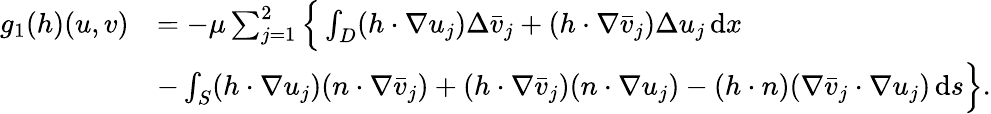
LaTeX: \begin{array}{rl}{g_{1}(h)(u,v)}&{=-\mu\sum_{j=1}^{2}\Big\{ \int_{D}(h\cdot\nabla u_{j})\Delta\bar{v}_{j}+(h\cdot\nabla\bar{v}_{j})\Delta{u}_{j}\, \mathrm{d}x}\\ &{-\int_{S}(h\cdot\nabla u_{j})(n\cdot\nabla\bar{v}_{j})+(h\cdot\nabla\bar{v}_{j})(n\cdot\nabla{u}_{j})-(h\cdot n)(\nabla\bar{v}_{j}\cdot\nabla u_{j})\, \mathrm{d}s\Big\} .}\end{array}